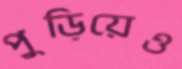
পুড়িয়েও